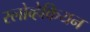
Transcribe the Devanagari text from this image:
स्लोव्हेकियन